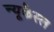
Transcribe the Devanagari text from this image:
न्यूकैस्ल